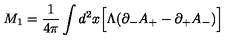
M _ { 1 } = { \frac { 1 } { 4 \pi } } \int d ^ { 2 } x \Big [ \Lambda ( \partial _ { - } A _ { + } - \partial _ { + } A _ { - } ) \Big ]